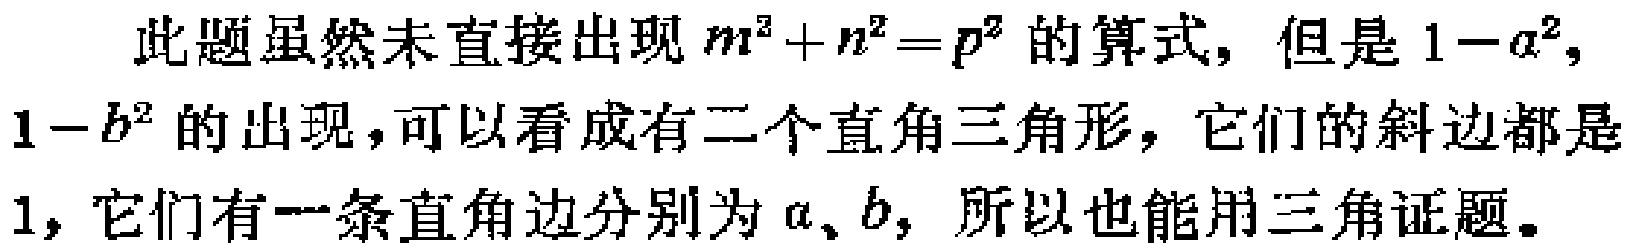
此题虽然未直接出现\(m^{2}+n^{2}=p^{2}\)的算式，但是\(1 - a^{2}\)，\(1 - b^{2}\)的出现，可以看成有二个直角三角形，它们的斜边都是\(1\)，它们有一条直角边分别为\(a\)、\(b\)，所以也能用三角证题。